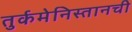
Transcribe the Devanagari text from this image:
तुर्कमेनिस्तानची